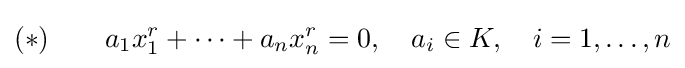
(*)\qquad a_{1}x_{1}^{r}+\cdots +a_{n}x_{n}^{r}=0,\quad a_{i}\in K,\quad i=1,\ldots ,n